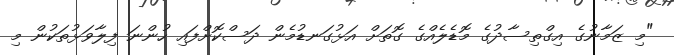
"މި ޒަމާނުގެ އިގްތިސާދުގެ މޮޑެލެއްގެ ގޮތަށް އަޅުގަނޑުމެން ދަސްކޮށްފައި ހުންނަ ފިލާވަޅުތަކުން މި